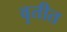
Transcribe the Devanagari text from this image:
वृतीत